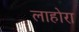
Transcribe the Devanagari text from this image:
लाहोरा